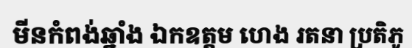
មីនកំពង់ឆ្នាំង ឯកឧត្តម ហេង រតនា ប្រតិភូ